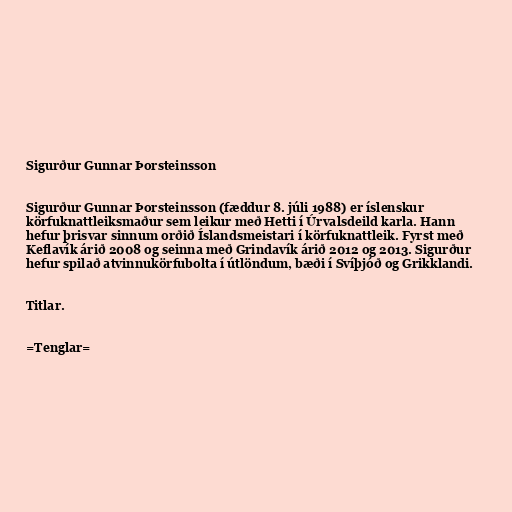
Sigurður Gunnar Þorsteinsson

Sigurður Gunnar Þorsteinsson (fæddur 8. júli 1988) er íslenskur
körfuknattleiksmaður sem leikur með Hetti í Úrvalsdeild karla. Hann
hefur þrisvar sinnum orðið Íslandsmeistari í körfuknattleik. Fyrst með
Keflavík árið 2008 og seinna með Grindavík árið 2012 og 2013. Sigurður
hefur spilað atvinnukörfubolta í útlöndum, bæði í Svíþjóð og Grikklandi.

Titlar.

=Tenglar=